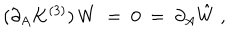
LaTeX: ( \partial _ { A } K ^ { ( 3 ) } ) \, W \ = \ 0 \ = \ \partial _ { A } \hat { W } \ ,